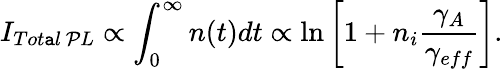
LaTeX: I_{Tot\mathtt{a}l\, \mathcal{P}L}\propto\int_{0}^{\infty}n(t)dt\propto\ln\left[1+n_{i}\frac{{\gamma_{A}}}{{\gamma_{eff}}}\right].